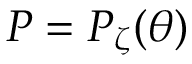
P = P _ { \zeta } ( \theta )